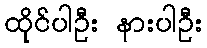
ထိုင်ပါဦး နားပါဦး